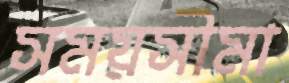
সময়সীমা